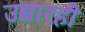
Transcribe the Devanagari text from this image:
उच्चारही